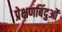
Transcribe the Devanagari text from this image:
प्रेक्षणबिंदुओं